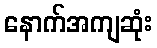
နောက်အကျဆုံး